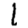
Digit: 1